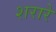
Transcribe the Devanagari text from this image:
शरारे